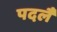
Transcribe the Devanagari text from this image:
पदलै